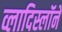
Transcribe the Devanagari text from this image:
व्लादिस्लॉने